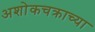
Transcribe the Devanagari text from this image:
अशोकचक्राच्या